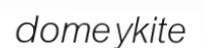
domeykite